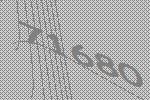
71680